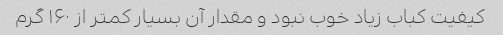
کیفیت کباب زیاد خوب نبود و مقدار آن بسیار کمتر از ۱۶۰ گرم